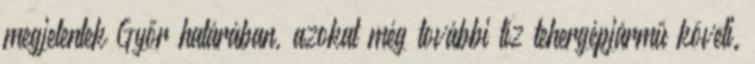
megjelentek Győr határában, azokat még további tíz tehergépjármű követi.